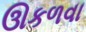
ઊકળવા